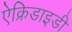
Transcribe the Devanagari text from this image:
ऐक्रिडाइडी